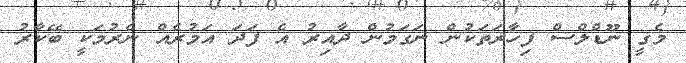
މެގީ ނޫޑްލްސް ފިހާރަތަކުން ނަގަމުން ދާއިރު އެ ފަދަ އަމުރެއް ނެރުމަކީ ބޭކާރު